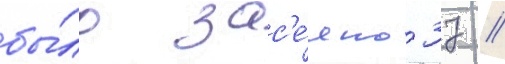
бы́ло зас'е́яно 37 /